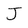
Character: J